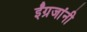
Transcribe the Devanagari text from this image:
ईंग्रजांनी